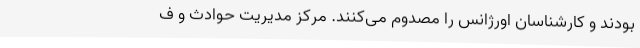
بودند و کارشناسان اورژانس را مصدوم می‌کنند. مرکز مدیریت حوادث و ف